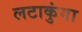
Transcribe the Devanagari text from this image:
लटाकुंगा